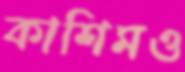
কাশিমও